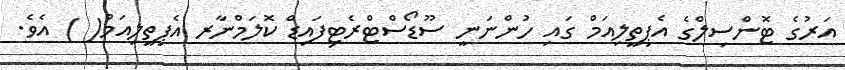
އަރުގެ ޓޮންސިލްގެ އެޕިތީލިއަމް ގައި ހުންނަނީ ސޫޑޯސްޓްރެޓިފައިޑް ކޮލަމްނާރ އެޕިތީލިއަމް( ) އެވެ.